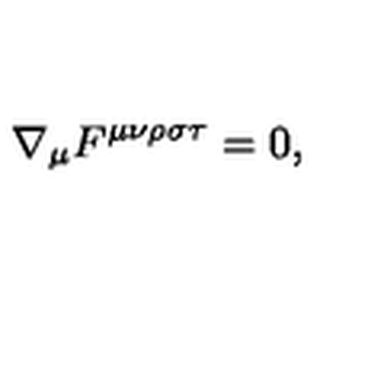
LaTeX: \nabla _ { \mu } F ^ { \mu \nu \rho \sigma \tau } = 0 ,